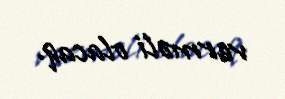
verməli olacaq.